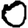
Digit: 0